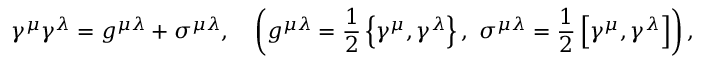
\gamma ^ { \mu } \gamma ^ { \lambda } = g ^ { \mu \lambda } + \sigma ^ { \mu \lambda } , \ \ \ \left( g ^ { \mu \lambda } = \frac { 1 } { 2 } \left\{ \gamma ^ { \mu } , \gamma ^ { \lambda } \right\} , \ \sigma ^ { \mu \lambda } = \frac { 1 } { 2 } \left[ \gamma ^ { \mu } , \gamma ^ { \lambda } \right] \right) ,